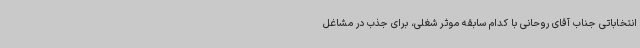
انتخاباتی جناب آقای روحانی با کدام سابقه موثر شغلی، برای جذب در مشاغل